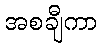
အစချီကာ